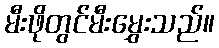
မီးဖိုတွင်မီးမွှေးသည်။